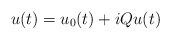
LaTeX: \begin{align*}u(t)=u_0(t)+iQu(t)\end{align*}